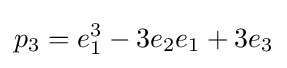
p_{3}=e_{1}^{3}-3e_{2}e_{1}+3e_{3}